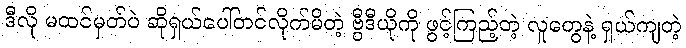
ဒီလို မထင်မှတ်ပဲ ဆိုရှယ်ပေါ်တင်လိုက်မိတဲ့ ဗွီဒီယိုကို ဖွင့်ကြည့်တဲ့ လူတွေနဲ့ ရှယ်ကျတဲ့